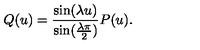
Q ( u ) = \frac { \sin ( \lambda u ) } { \sin ( \frac { \lambda \pi } { 2 } ) } P ( u ) .